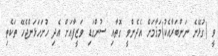
ވީ (ގުޅޭނެ ނަންބަރާއެކު)މަޤާމަށް އެދެންވީ ގޮތާއި ސުންގަޑި ވަޒީފާއަށް އެދި ހުށަހަޅަންޖެހޭ ތަކެތި